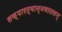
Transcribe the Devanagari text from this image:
सक्षारत्वान्नवातलम्